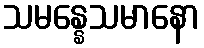
သမန္နေသမာနော